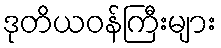
ဒုတိယဝန်ကြီးများ